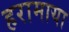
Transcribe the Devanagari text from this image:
हरामाया